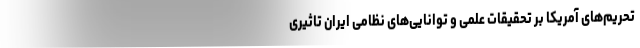
تحریم‌های آمریکا بر تحقیقات علمی و توانایی‌های نظامی ایران تاثیری